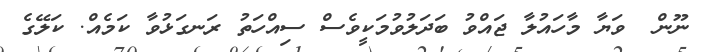
ނޫން  ވަޔާ މާހައުލާ ޖައްވު ބަދަލުވުމަކީވެސް ސިއްހަތު ރަނގަޅުވާ ކަމެއް. ކަލޭގެ